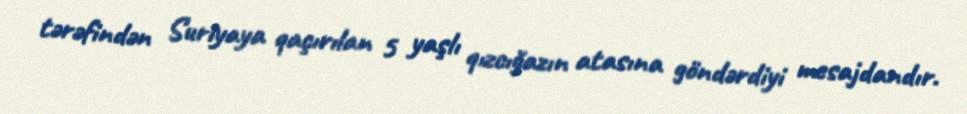
tərəfindən Suriyaya qaçırılan 5 yaşlı qızcığazın atasına göndərdiyi mesajdandır.